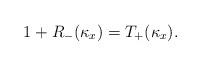
LaTeX: \begin{align*} 1 + R_-(\kappa_x) = T_+(\kappa_x).\end{align*}